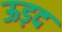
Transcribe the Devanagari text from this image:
ऊड़द